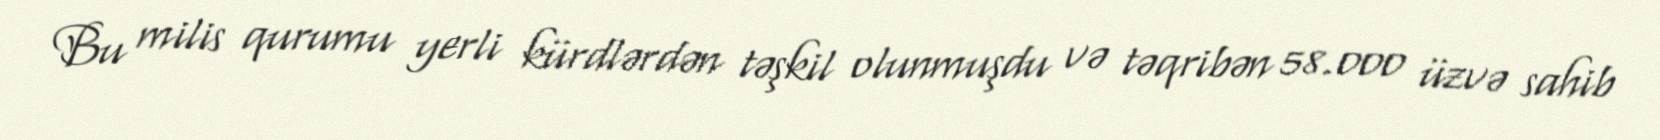
Bu milis qurumu yerli kürdlərdən təşkil olunmuşdu və təqribən 58.000 üzvə sahib